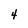
Character: 4